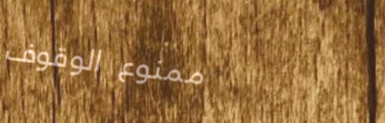
ممنوع الوقوف